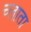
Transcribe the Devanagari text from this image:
च्लाता